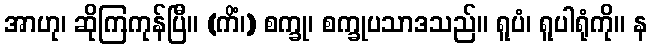
အာဟု၊ ဆိုကြကုန်ပြီ။ (ကိံ၊) စက္ခု၊ စက္ခုပသာဒသည်။ ရူပံ၊ ရူပါရုံကို။ န